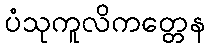
ပံသုကူလိကတ္တေန